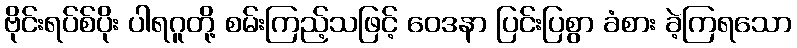
ဗိုင်းရပ်စ်ပိုး ပါရဂူတို့ စမ်းကြည့်သဖြင့် ဝေဒနာ ပြင်းပြစွာ ခံစား ခဲ့ကြရသော